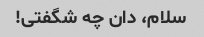
سلام، دان چه شگفتی!